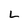
Character: L